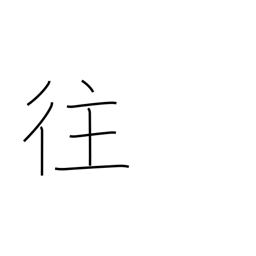
Meaning: journey